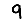
Digit: 9